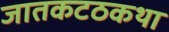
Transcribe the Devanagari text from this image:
जातकटठकथा